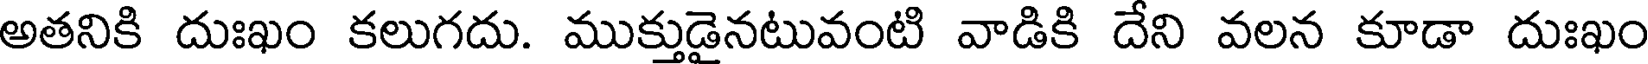
అతనికి దుఃఖం కలుగదు. ముక్తుడైనటువంటి వాడికి దేని వలన కూడా దుఃఖం